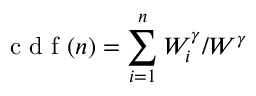
\mathrm { ~ c ~ d ~ f ~ } ( n ) = \sum _ { i = 1 } ^ { n } W _ { i } ^ { \gamma } / W ^ { \gamma }